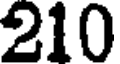
210